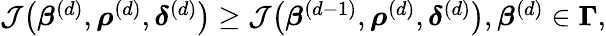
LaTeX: \begin{array}{r}{\mathcal{J}\big(\boldsymbol{\beta}^{(d)},\boldsymbol{\rho}^{(d)},\boldsymbol{\delta}^{(d)}\big)\ge\mathcal{J}\big(\boldsymbol{\beta}^{(d-1)},\boldsymbol{\rho}^{(d)},\boldsymbol{\delta}^{(d)}\big),\boldsymbol{\beta}^{(d)}\in\boldsymbol{\Gamma},}\end{array}